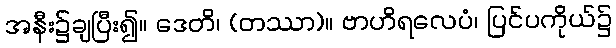
အနီး၌ချပြီး၍။ ဒေတိ၊ (တဿာ)။ ဗာဟိရလေပံ၊ ပြင်ပကိုယ်၌